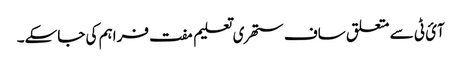
آئ ٹی سے متعلق ساف ستھری تعلیم مفت فراہم کی جاسکے۔